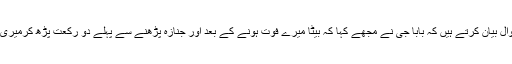
محمد عارف آف راجووال بیان کرتے ہیں کہ بابا جی نے مجھے کہا کہ بیٹا میرے فوت ہونے کے بعد اور جنازہ پڑھنے سے پہلے دو رکعت پڑھ کرمیری بخشش کی دعا کرنا ۔